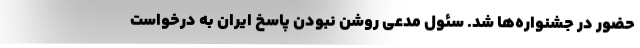
حضور در جشنواره‌ها شد. سئول مدعی روشن نبودن پاسخ ایران به درخواست